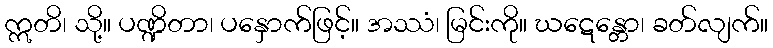
ဣတိ၊ သို့။ ပဏ္ဍိတာ၊ ပနှောက်ဖြင့်။ အဿံ၊ မြင်းကို။ ဃဋေန္တော၊ ခတ်လျက်။